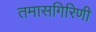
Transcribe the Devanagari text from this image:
तमासगिरिणी